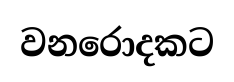
වනරොදකට